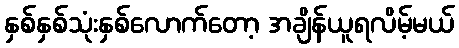
နှစ်နှစ်သုံးနှစ်လောက်တော့ အချိန်ယူရလိမ့်မယ်